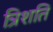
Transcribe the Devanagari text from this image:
त्रिशति